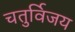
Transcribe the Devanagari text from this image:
चतुर्विजय